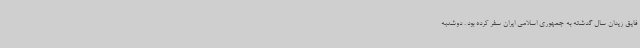
فایق زیدان سال گدشته به جمهوری اسلامی ایران سفر کرده بود . دوشنبه